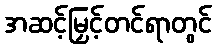
အဆင့်မြှင့်တင်ရာတွင်